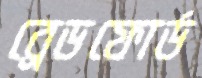
ব্রেডফোর্ড